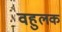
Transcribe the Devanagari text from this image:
वहुलक